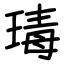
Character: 瑇